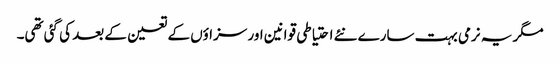
مگر یہ نرمی بہت سارے نئے احتیاطی قوانین اور سزاؤں کے تعین کے بعد کی گئی تھی۔